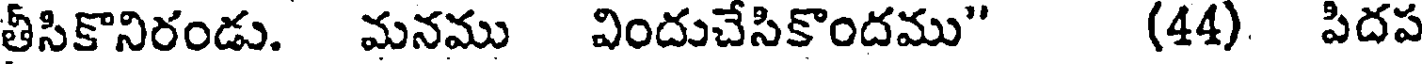
తీసికొనిరండు. మనము విందుచేసికొందము" (44) పిదప